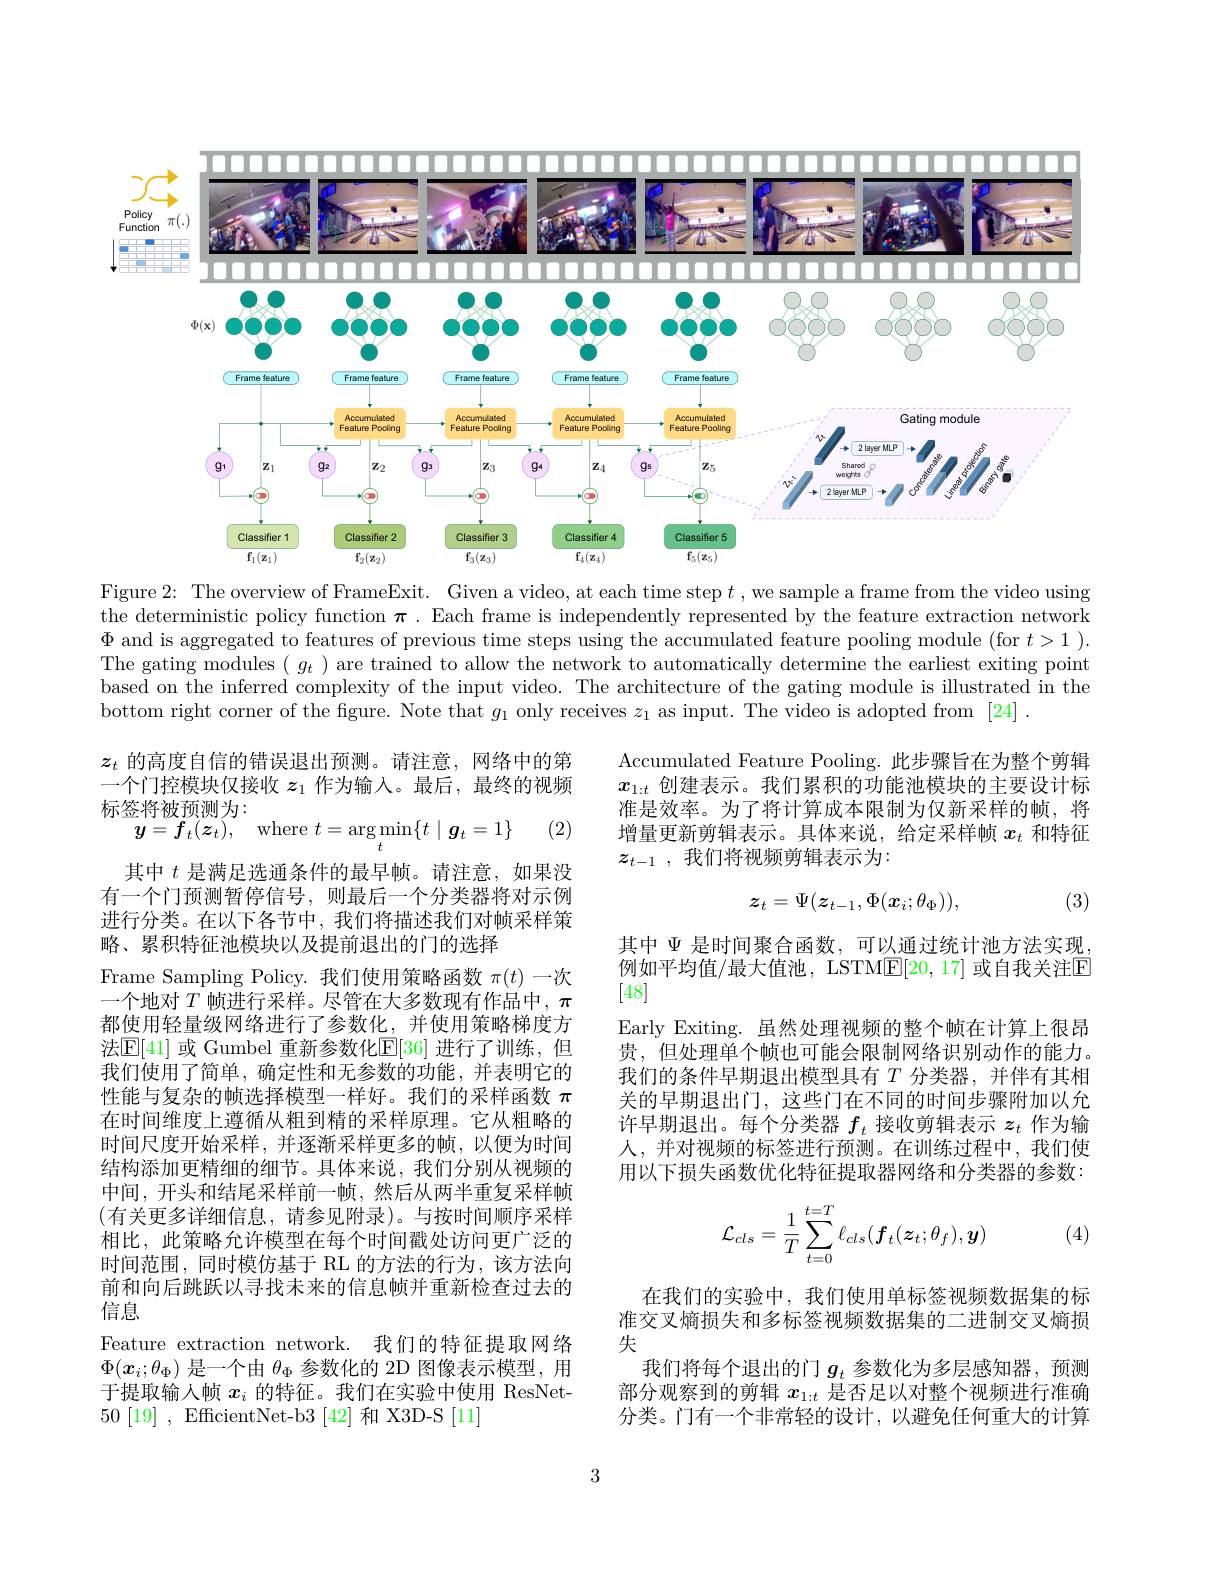
<FigureHere>
Figure 2: The overview of FrameExit. Given a video, at each time step $t$ ,we sample a frame from the video using

the deterministic policy function $\pi.$ Each frame is independently represented by the feature extraction network $\Phi$ and is aggregated to features of previous time steps using the accumulated feature pooling module (for $t>1).$ The gating modules $(\begin{array}{c}g_{t}\end{array})$ are trained to allow the network to automatically determine the earliest exiting point based on the inferred complexity of the input video. The architecture of the gating module is illustrated in the bottom right corner of the figure. Note that $g_1$ only receives $z_1$ as input. The video is adopted from [24].

$z_t$的高度自信的错误退出预测。请注意，网络中的第一个门控模块仅接收$z_1$作为输入。最后，最终的视频标签将被预测为：
(2)
$$\boldsymbol{y}=\boldsymbol{f}_{t}(\boldsymbol{z}_{t}),\quad\mathrm{where}\:t=\arg\min_{t}\{t\mid\boldsymbol{g}_{t}=1\}$$
Accumulated Feature Pooling. 此步骤旨在为整个剪辑$x_{1:t}$创建表示。我们累积的功能池模块的主要设计标准是效率。为了将计算成本限制为仅新采样的帧，将增量更新剪辑表示。具体来说，给定采样帧$x_t$和特征$z_{t- 1}$ , 我们将视频剪辑表示为：

(3)
$$z_t=\Psi(z_{t-1},\Phi(x_i;\theta_\Phi)),$$
其中$\Psi$是时间聚合函数，可以通过统计池方法实现例如平均值/最大值池，LSTM$\underline{\mathrm{E}}[20,17]$ 或自我关注$\overline{\mathrm{E}}$ [48]
Early Exiting. 虽然处理视频的整个帧在计算上很昂贵，但处理单个帧也可能会限制网络识别动作的能力。我们的条件早期退出模型具有$T$分类器，并伴有其相关的早期退出门，这些门在不同的时间步骤附加以允许早期退出。每个分类器$f_t$接收剪辑表示$z_t$作为输人，并对视频的标签进行预测。在训练过程中，我们使用以下损失函数优化特征提取器网络和分类器的参数：

其中$t$是满足选通条件的最早帧。请注意，如果没有一个门预测暂停信号，则最后一个分类器将对示例进行分类。在以下各节中，我们将描述我们对帧采样策略、累积特征池模块以及提前退出的门的选择
Frame Sampling Policy. 我们使用策略函数$\pi(t)$一次一个地对$T$帧进行采样。尽管在大多数现有作品中，$\pi$ 都使用轻量级网络进行了参数化，并使用策略梯度方法$\mathbb{E}[41]$ 或 Gumbel 重新参数化$\mathbb{E}[36]$ 进行了训练，但我们使用了简单，确定性和无参数的功能，并表明它的性能与复杂的帧选择模型一样好。我们的采样函数$\pi$ 在时间维度上遵循从粗到精的采样原理。它从粗略的时间尺度开始采样，并逐渐采样更多的帧，以便为时间结构添加更精细的细节。具体来说，我们分别从视频的中间，开头和结尾采样前一帧，然后从两半重复采样帧(有关更多详细信息，请参见附录)。与按时间顺序采样相比，此策略允许模型在每个时间戳处访问更广泛的时间范围，同时模仿基于 RL 的方法的行为，该方法向前和向后跳跃以寻找未来的信息帧并重新检查过去的信息
Feature extraction network. 我们的特征提取网络$\Phi(x_i;\theta_\Phi)$是一个由$\theta_\Phi$参数化的 2D 图像表示模型，用于提取输入帧$x_i$的特征。我们在实验中使用 ResNet- 50 [19] , EfficientNet-b3 [42] 和 X3D-S [11]
$$\mathcal{L}_{cls}=\frac{1}{T}\sum_{t=0}^{t=T}\ell_{cls}(\boldsymbol{f}_t(\boldsymbol{z}_t;\theta_f),\boldsymbol{y})$$
(4)

在我们的实验中，我们使用单标签视频数据集的标准交叉熵损失和多标签视频数据集的二进制交叉熵损失
我们将每个退出的门$g_t$参数化为多层感知器，预测部分观察到的剪辑$x_{1:t}$是否足以对整个视频进行准确分类。门有一个非常轻的设计，以避免任何重大的计算

3